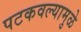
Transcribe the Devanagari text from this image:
पटकवल्यामुळे